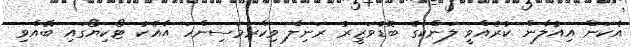
އެކަން އިއުލާން ކުރެއްވީ ލަންކާގެ ބޮޑުވަޒީރު ރަނިލް ވިކްރަމަސިންހަ އާއެކު ޓޯކިޔޯގައި ބޭއްވި